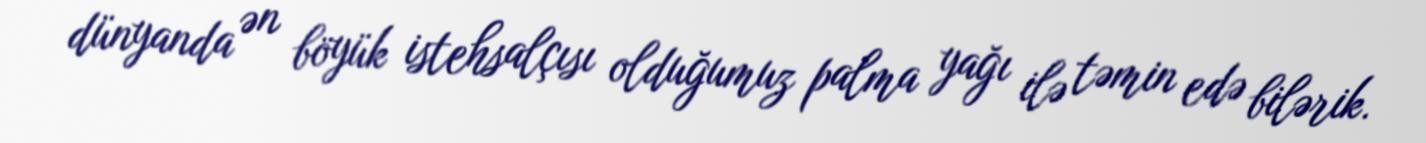
dünyanda ən böyük istehsalçısı olduğumuz palma yağı ilə təmin edə bilərik.